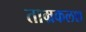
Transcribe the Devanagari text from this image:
ताम्रकलश